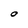
Character: O